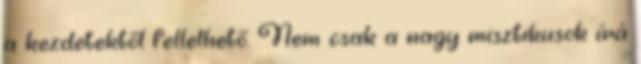
a kezdetektől fellelhető. Nem csak a nagy misztikusok írá